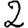
Digit: 2